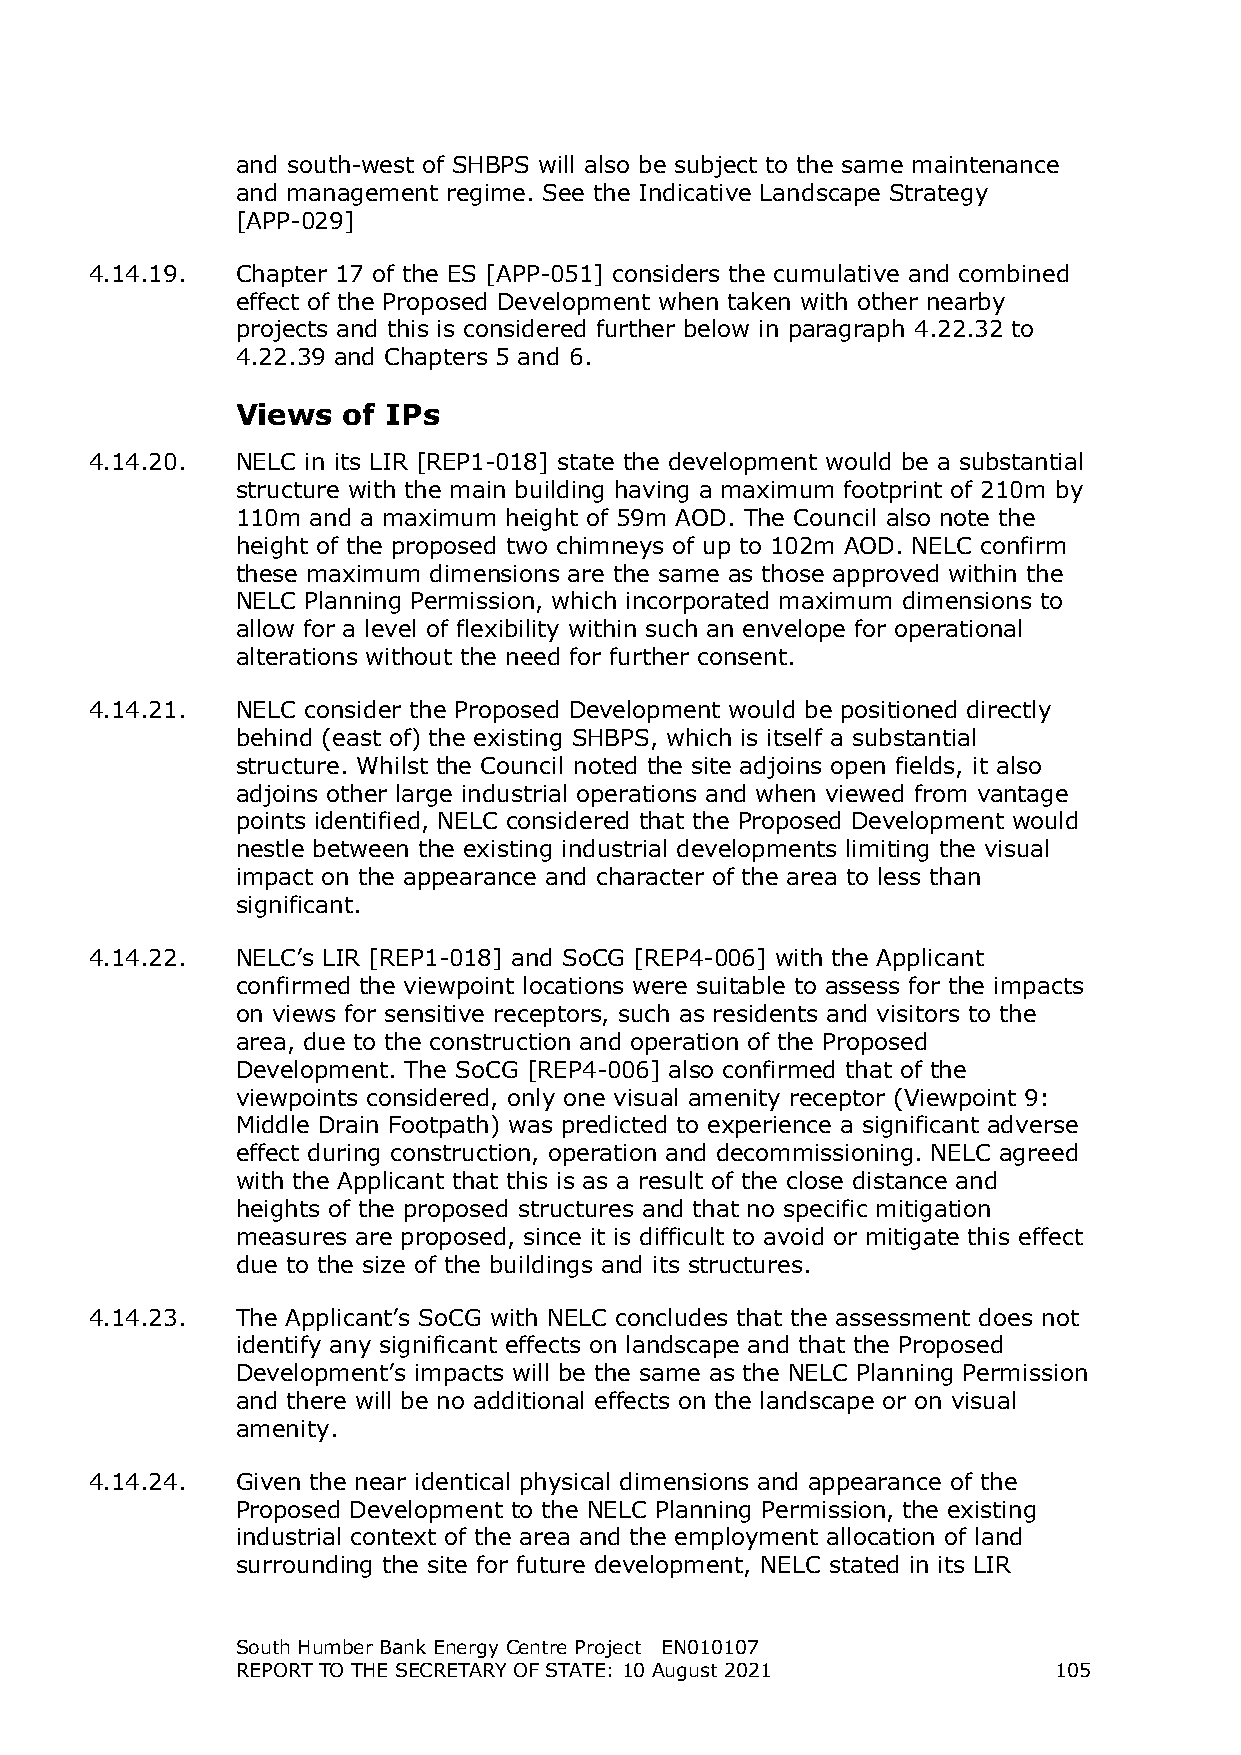
and south-west of SHBPS will also be subject to the same maintenance
 and management regime. See the Indicative Landscape Strategy
 [APP-029]
 4.14.19.  Chapter 17 of the ES [APP-051] considers the cumulative and combined
 effect of the Proposed Development when taken with other nearby
 projects and this is considered further below in paragraph 4.22.32 to
 4.22.39 and Chapters 5 and 6.
 Views  of IPs
 4.14.20.  NELC in its LIR [REP1-018] state the development would be a substantial
 structure with the main building having a maximum footprint of 210m by
 110m and a maximum height of 59m AOD. The Council also note the
 height of the proposed two chimneys of up to 102m AOD. NELC confirm
 these maximum dimensions are the same as those approved within the
 NELC Planning Permission, which incorporated maximum dimensions to
 allow for a level of flexibility within such an envelope for operational
 alterations without the need for further consent.
 4.14.21.  NELC consider the Proposed Development would be positioned directly
 behind (east of) the existing SHBPS, which is itself a substantial
 structure. Whilst the Council noted the site adjoins open fields, it also
 adjoins other large industrial operations and when viewed from vantage
 points identified, NELC considered that the Proposed Development would
 nestle between the existing industrial developments limiting the visual
 impact on the appearance and character of the area to less than
 significant.
 4.14.22.  NELC’s LIR [REP1-018] and SoCG [REP4-006] with the Applicant
 confirmed the viewpoint locations were suitable to assess for the impacts
 on views for sensitive receptors, such as residents and visitors to the
 area, due to the construction and operation of the Proposed
 Development. The SoCG [REP4-006] also confirmed that of the
 viewpoints considered, only one visual amenity receptor (Viewpoint 9:
 Middle Drain Footpath) was predicted to experience a significant adverse
 effect during construction, operation and decommissioning. NELC agreed
 with the Applicant that this is as a result of the close distance and
 heights of the proposed structures and that no specific mitigation
 measures are proposed, since it is difficult to avoid or mitigate this effect
 due to the size of the buildings and its structures.
 4.14.23.  The Applicant’s SoCG with NELC concludes that the assessment does not
 identify any significant effects on landscape and that the Proposed
 Development’s impacts will be the same as the NELC Planning Permission
 and there will be no additional effects on the landscape or on visual
 amenity.
 4.14.24.  Given the near identical physical dimensions and appearance of the
 Proposed Development to the NELC Planning Permission, the existing
 industrial context of the area and the employment allocation of land
 surrounding the site for future development, NELC stated in its LIR
 South Humber Bank Energy Centre Project EN010107
 REPORT TO THE SECRETARY OF STATE: 10 August 2021      105